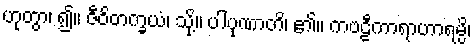
ဟုတွာ၊ ၍။ ဇီဝိတက္ခယံ၊ သို့။ ပါပုဏာတိ၊ ၏။ ကဗဠီကာရာဟာရမ္ပိ၊